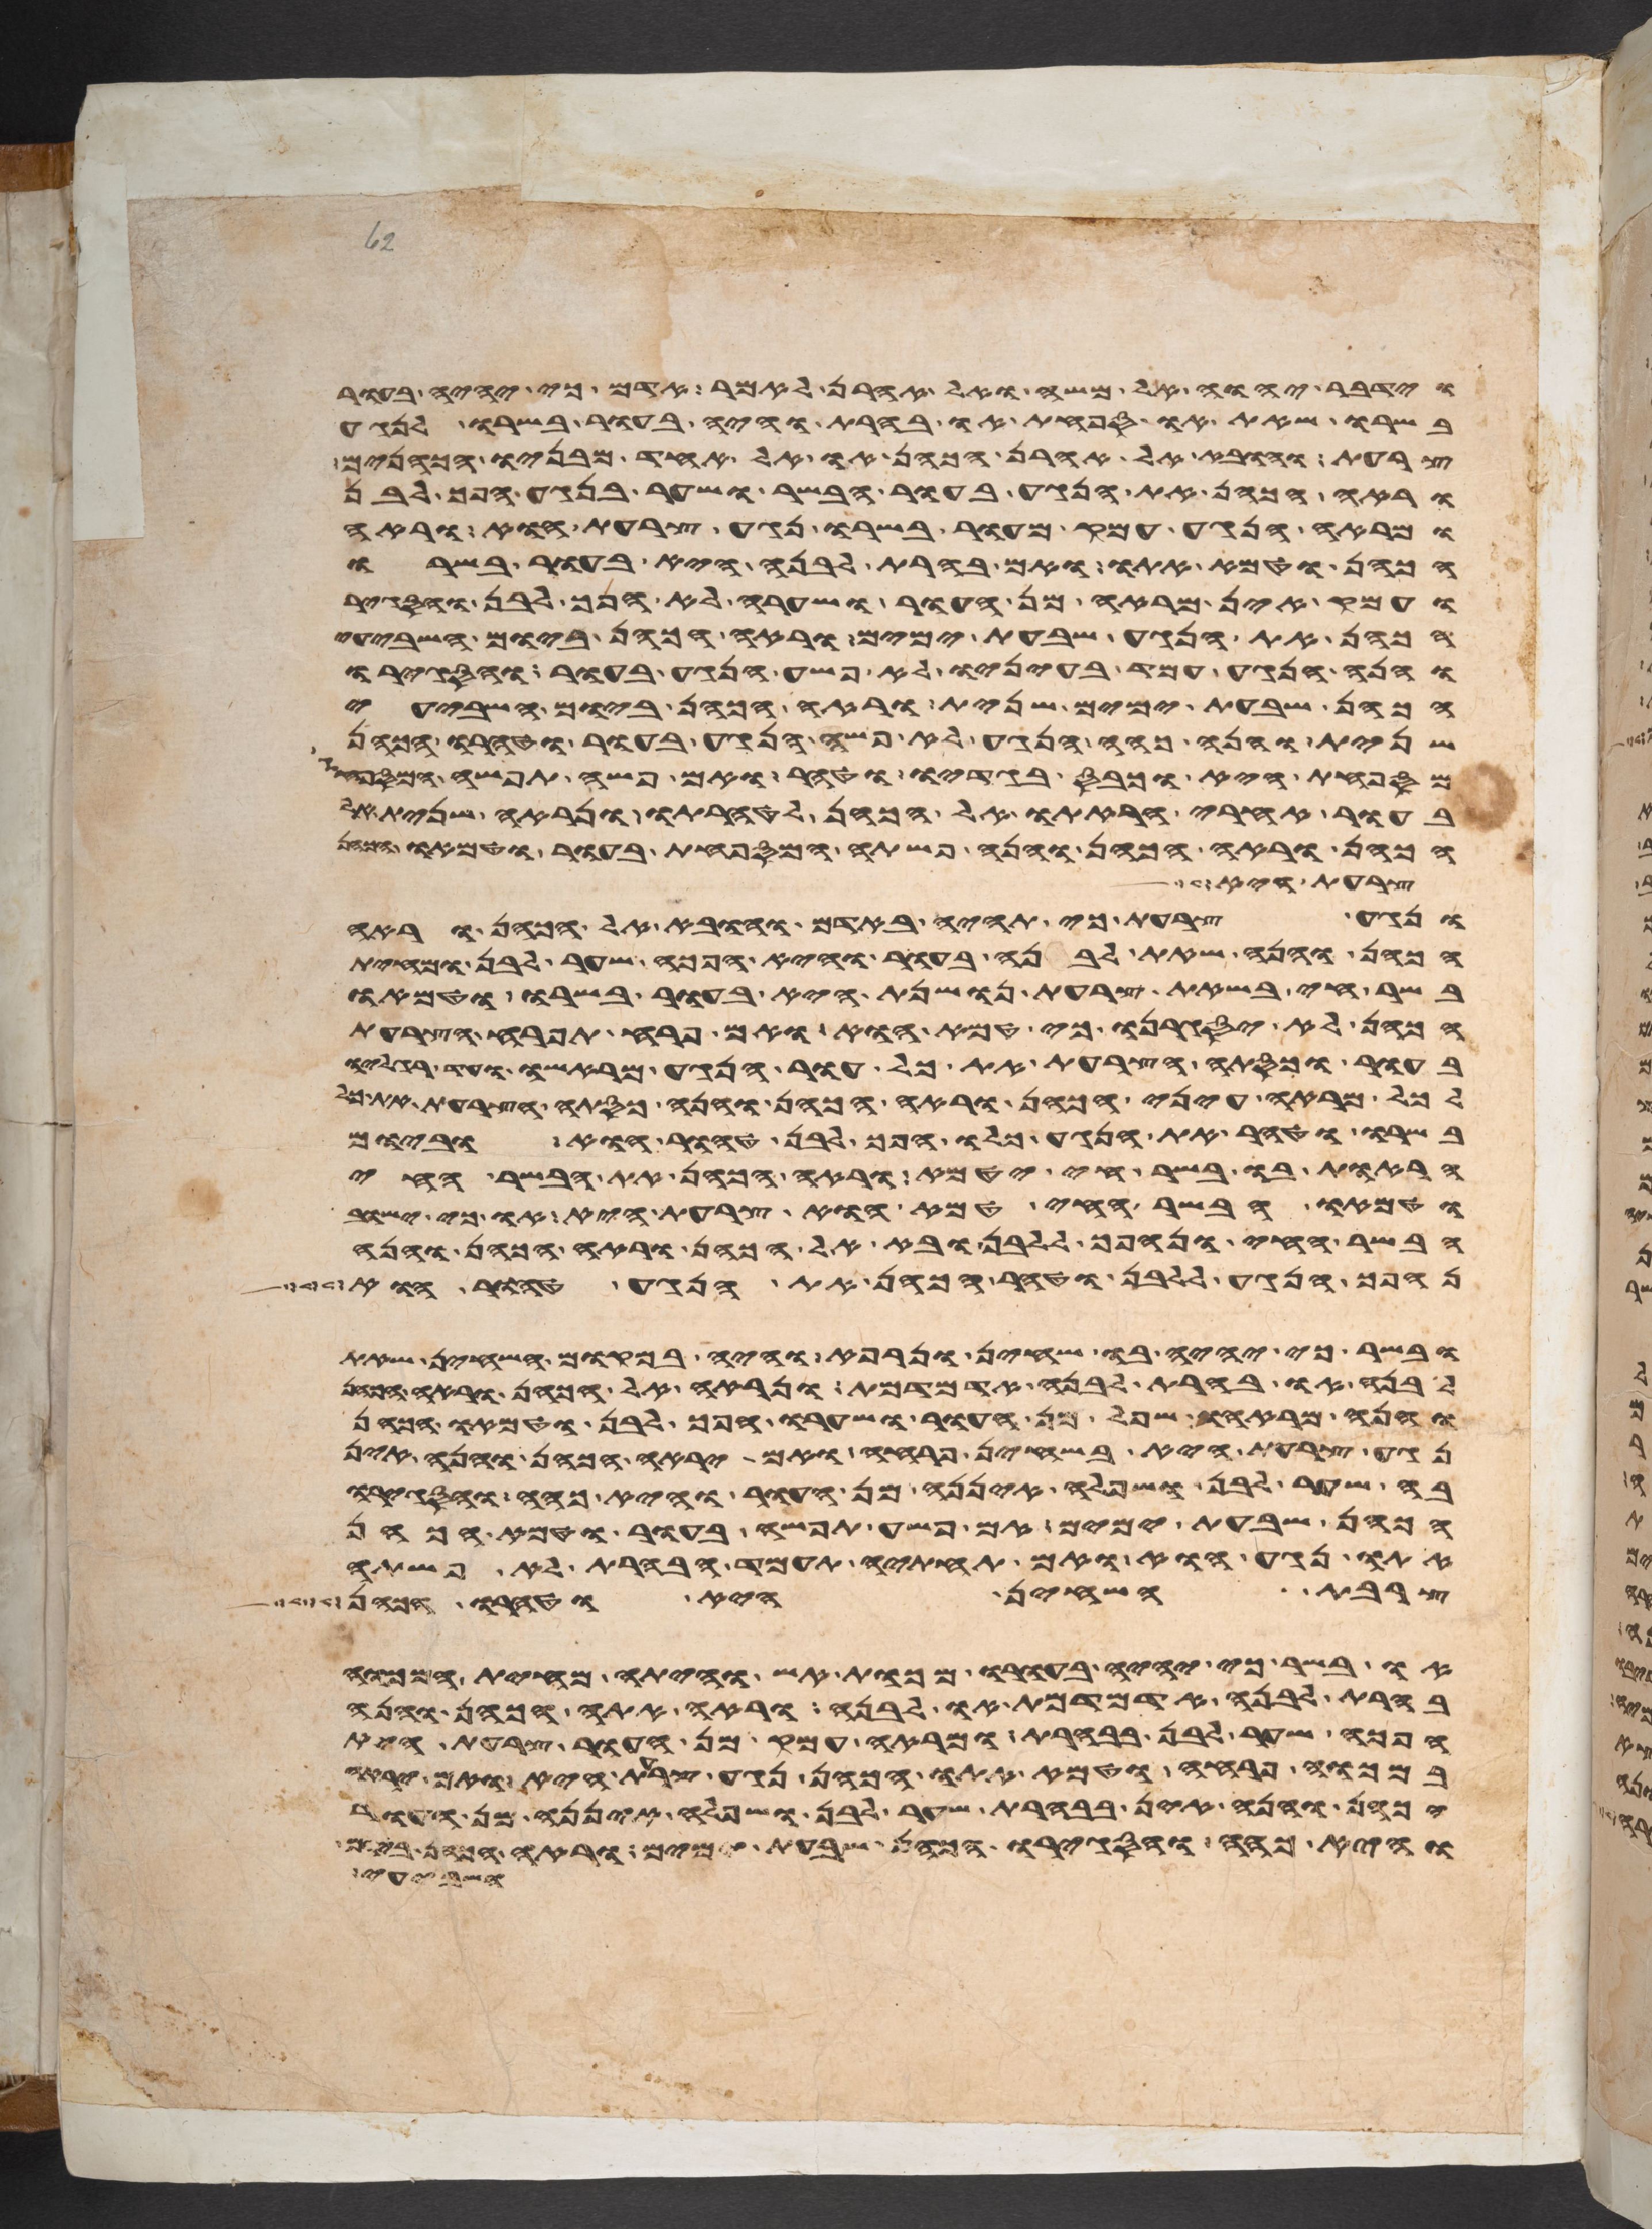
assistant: וידבר יהוה אל משה ואל אהרן לאמר אדם כי יהיה בעור
בשרו שאת או ספחת או בהרת והיה בעור בשרו לנגע
צרעת והובא אל אהרן הכהן או אל אחד מבניו הכהנים
וראה הכהן את הנגע בעור הבשר ושער בנגע הפך לבן
ומראה הנגע עמק מעור בשרו נגע צרעת הוא וראה
הכהן וטמא אתו ואם בהרת לבנה היא בעור בשרו
ועמק אין מראה מן העור ושערה לא הפך לבן והסגיר
הכהן את הנגע שבעת ימים וראה הכהן ביום השביעי
והנה הנגע עמד בעיניו לא פשה הנגע בעור והסגירו
הכהן שבעת ימים שנית וראה הכהן ביום השביעי
שנית והנה כהה הנגע לא פשה הנגע בעור וטהרו הכהן
המספחת היא וכבס בגדיו וטהר ואם פשה תפשה המספחת
בעור אחרי הראתו אל הכהן לטהרתו ונראה שנית אל
הכהן וראה הכהן והנה פשתה המספחת בעור וטמאו
רע וישג
ונגע צרעת כי תהיה באדם והובא אל הכהן וראה
הכהן והנה שאת לבנה בעור והיא הפך שער לבן ומחית
בשר חי בשאת צרעת נושנת היא בעור בשרו וטמאו
הכהן לא יסגירנו כי טמא הוא ואם פרח תפרח הצרעת
בעור וכסתה הצרעת את כל עור הנגע מראשו עד רגליו
לכל מראה עיני הכהן וראה הכהן והנה כסתה הצרעת את כל
בשרו וטהר את הנגע כלו הפך לבן טהור הוא וביום
הראות בו בשר חי יטמא וראה הכהן את הבשר החי
וטמאו הבשר החי טמא הוא צרעת היא או כי ישוב
הבשר החי ונהפך ללבן ובא אל הכהן וראה הכהן והנה
נהפך הנגע ללבן וטהר הכהן את הנגע טהור הוא
ובשר כי יהיה בו שחין ונרפא והיה במקום השחין שאת
לבנה או בהרת לבנה אדמדמת ונראה אל הכהן וראה
והנה מראהו שפל מן העור ושערו הפך לבן וטמאו הכהן
נגע צרעת היא בשחין פרחה ואם יראה הכהן והנה אין
בה שער לבן ושפלה איננה מן העור והיא כהה והסגירו
הכהן שבעת ימים אם פשה תפשה בעור וטמא הכהן
אתו נגע הוא ואם תחתיה תעמד הבהרת לא פשתה
צרבת השחין היא וטהרו הכהן
או בשר כי יהיה בעורו מכות אש והיתה מחית המכוה
בהרת לבנה אדמדמת או לבנה וראה אתה הכהן והנה
הפך שער לבן בבהרת ומראה עמק מן העור צרעת היא
במכוה פרחה וטמא אתו הכהן נגע צרעת היא ואם יראה
הכהן והנה אין בבהרת שער לבן ושפלה איננה מן העור
והיא כהה והסגירו הכהן שבעת ימים וראה הכהן ביום
ושבעים